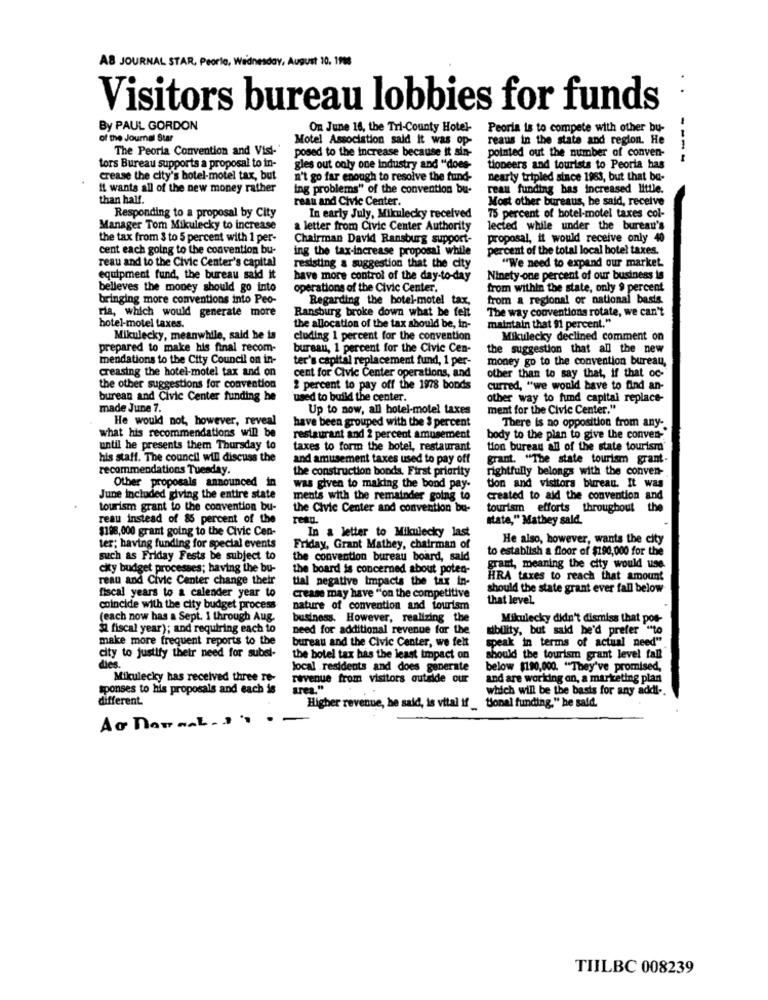
AB JOURNAL STAR, Peorle, W
gust 10. 1988
.
Visitors bureau lobbies for funds
By PAUL GORDON
On June 16, the Tri-County Hotel-
Peoria is to compete with other bu-
of the Journal Sur
Motel Association said it was op-
reaus in the state and region. He
--.
The Peoria Convention and Visi-'
posed to the increase because it sin-
pointed out the number of conven-
tors Bureau supports a proposal to in-
gles out only one industry and "does-
tioneers and tourists to Peoria has
crease the city's hotel-motel tax, but
n't go far enough to resolve the fund-
nearly tripled since 1963, but that ba-
it wants all of the new money rather
ing problems" of the convention bu-
reau funding bas increased little.
than half.
reau and Civic Center.
Most other bureaus, he said, receive
Responding to a proposal by City
In early July, Mikulecky received
75 percent of botel-motel taxes col-
Manager Tom Mikulecky to increase
a letter from Civic Center Authority
lected while under the bureau's
the tax from $ to 5 percent with 1 per-
Chairman David Ransburg support-
proposal, it would receive only 40
cent each going to the convention bu-
ing the tax-increase proposal while
percent of the total local botel taxes.
reau and to the Civic Center's capital
"We need to expand our market.
resisting a suggestion that the city
equipment fund, the bureau said it
have more control of the day-to-day
Ninety -one percent of our business is
belleves the money should go into
operations of the Civic Center.
from within the state, only 9 percent
bringing more conventions into Peo-
Regarding the botel-motel tax,
from a regional or national basis.
ria, which would generate more
Ransburg broke down what be felt
The way conventions rotate, we can't
hotel-motel taxes.
the allocation of the tax should be, in-
maintain that 91 percent."
Mikulecky, meanwhile, said he is
cluding 1 percent for the convention
Mikulecky declined comment on
prepared to make his final recom-
bureau, 1 percent for the Civic Cen-
the suggestion that all the new
mendations to the City Council on in-
ter's capital replacement fund, 1 per-
money go to the convention bureau,
creasing the hotel-motel tax and on
cent for Civic Center operations, and
other than to say that, if that oc-
the other suggestions for convention
2 percent to pay off the 1978 bonds
curred, "we would have to find an-
burean and Civic Center funding he
used to build the center.
other way to fund capital replace-
made June 7.
Up to now, all hotel-motel taxes
ment for the Civic Center."
He would not, however, reveal
have been grouped with the $ percent
There Is no opposition from any-
what his recommendations will be
restaurant and 2 percent amusement
body to the plan to give the conven-
until he presents them Thursday to
taxes to form the hotel, restaurant
tion bureau all of the state tourism
his staff. The council will discuss the
and amusement taxes used to pay off
grant. "The state tourism grant.
recommendations Tuesday.
rightfully belongs with the conven-
Other proposals announced in
the construction bonds, First priority
was given to making the bond pay-
tion and visitors bureau. It was
June included giving the entire state
ments with the remainder going to
created to aid the convention and
tourism grant to the convention bu-
the Civic Center and convention bu-
tourism efforts throughout the
reau instead of 85 percent of the
rean.
state," Mathey sald.
$198,000 grant going to the Civic Cen-
ter; having funding for special events
In a letter to Mikulecky last
He also, however, wants the city
Friday, Grant Mathey, chairman of
to establish a floor of $190,000 for the
such as Friday Fests be subject to
the convention bureau board, said
city budget processes; having the bu-
the board is concerned about poten-
grant, meaning the city would use
reau and Civic Center change their
tial negative impacts the tax in-
HRA taxes to reach that amount
fiscal years to a calender year to
should the state grant ever fall below
crease may have "on the competitive
that level
coincide with the city budget process
nature of convention and tourism
(each now has a Sept. I through Aug.
business. However, realizing the
Mikulecky didn't dismiss that pos-
" fiscal year); and requiring each to
need for additional revenue for the
dibility, but said he'd prefer "to
make more frequent reports to the
bureau and the Civic Center, we felt
speak in terms of actual need"
city to justify their need for subel-
the botel tax has the least impact on
should the tourism grant level fan
dies.
local residents and does generate
below $190,000. "They've promised,
Mikulecky has received three re-
revenue from visitors outside our
and are working on, a marketing plan
sponses to his proposals and each is
ares."
which will be the basis for any addi -.
different.
Higher revenue, he said, is vital if _ "ional funding," he said.
Ao now ~. L . ... .
TIILBC 008239